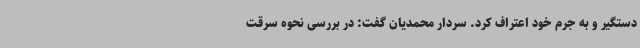
دستگیر و به جرم خود اعتراف کرد. سردار محمدیان گفت: در بررسی نحوه سرقت